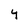
Character: Y